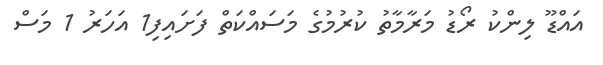
އައްޑޫ ލިންކު ރޯޑު މަރާމާތު ކުރުމުގެ މަސައްކަތް ފަށައިފި1 އަހަރު 1 މަސް